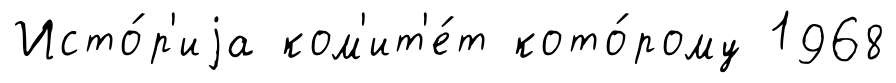
Исто́р'иjа ком'ит'е́т кото́рому 1968